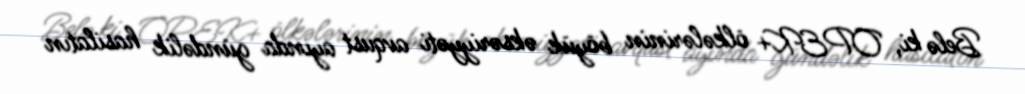
Belə ki, OPEK+ ölkələrinin böyük əksəriyyəti avqust ayında gündəlik hasilatın